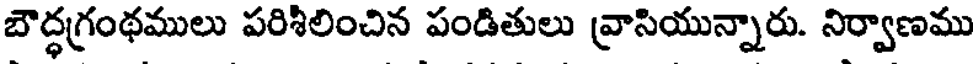
బౌద్ధగ్రంథములు పరిశీలించిన పండితులు వ్రాసియున్నారు. నిర్వాణము